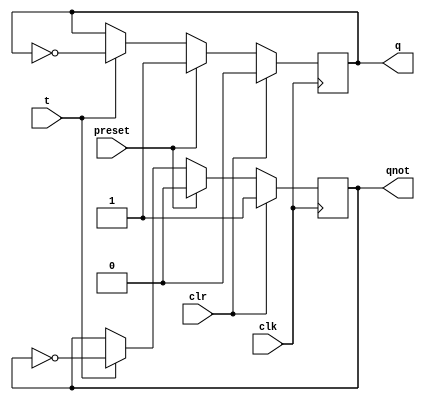
module tff ( output q, output qnot,
input t, input preset, input clr, input clk );
reg q, qnot;
always @( posedge clk )
begin
if ( clr )
begin
q <= 0; qnot <= 1;
end
else
if ( preset )
begin
q <= 1; qnot <= 0;
end
else
begin
if ( t )
begin
if ( q | ~q )
begin
q <= ~q; qnot <= ~qnot;
end
else
begin
q <= 0; qnot <= 1;
end
end
end
end
endmodule